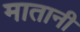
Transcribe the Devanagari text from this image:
मातानी